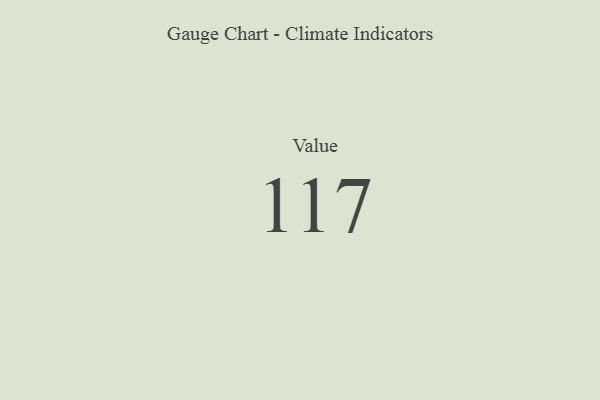
{"axis": {"x": "Metric", "y": "Value"}, "legend": [""], "data": [{"x": "Value", "y": 117, "type": ""}]}